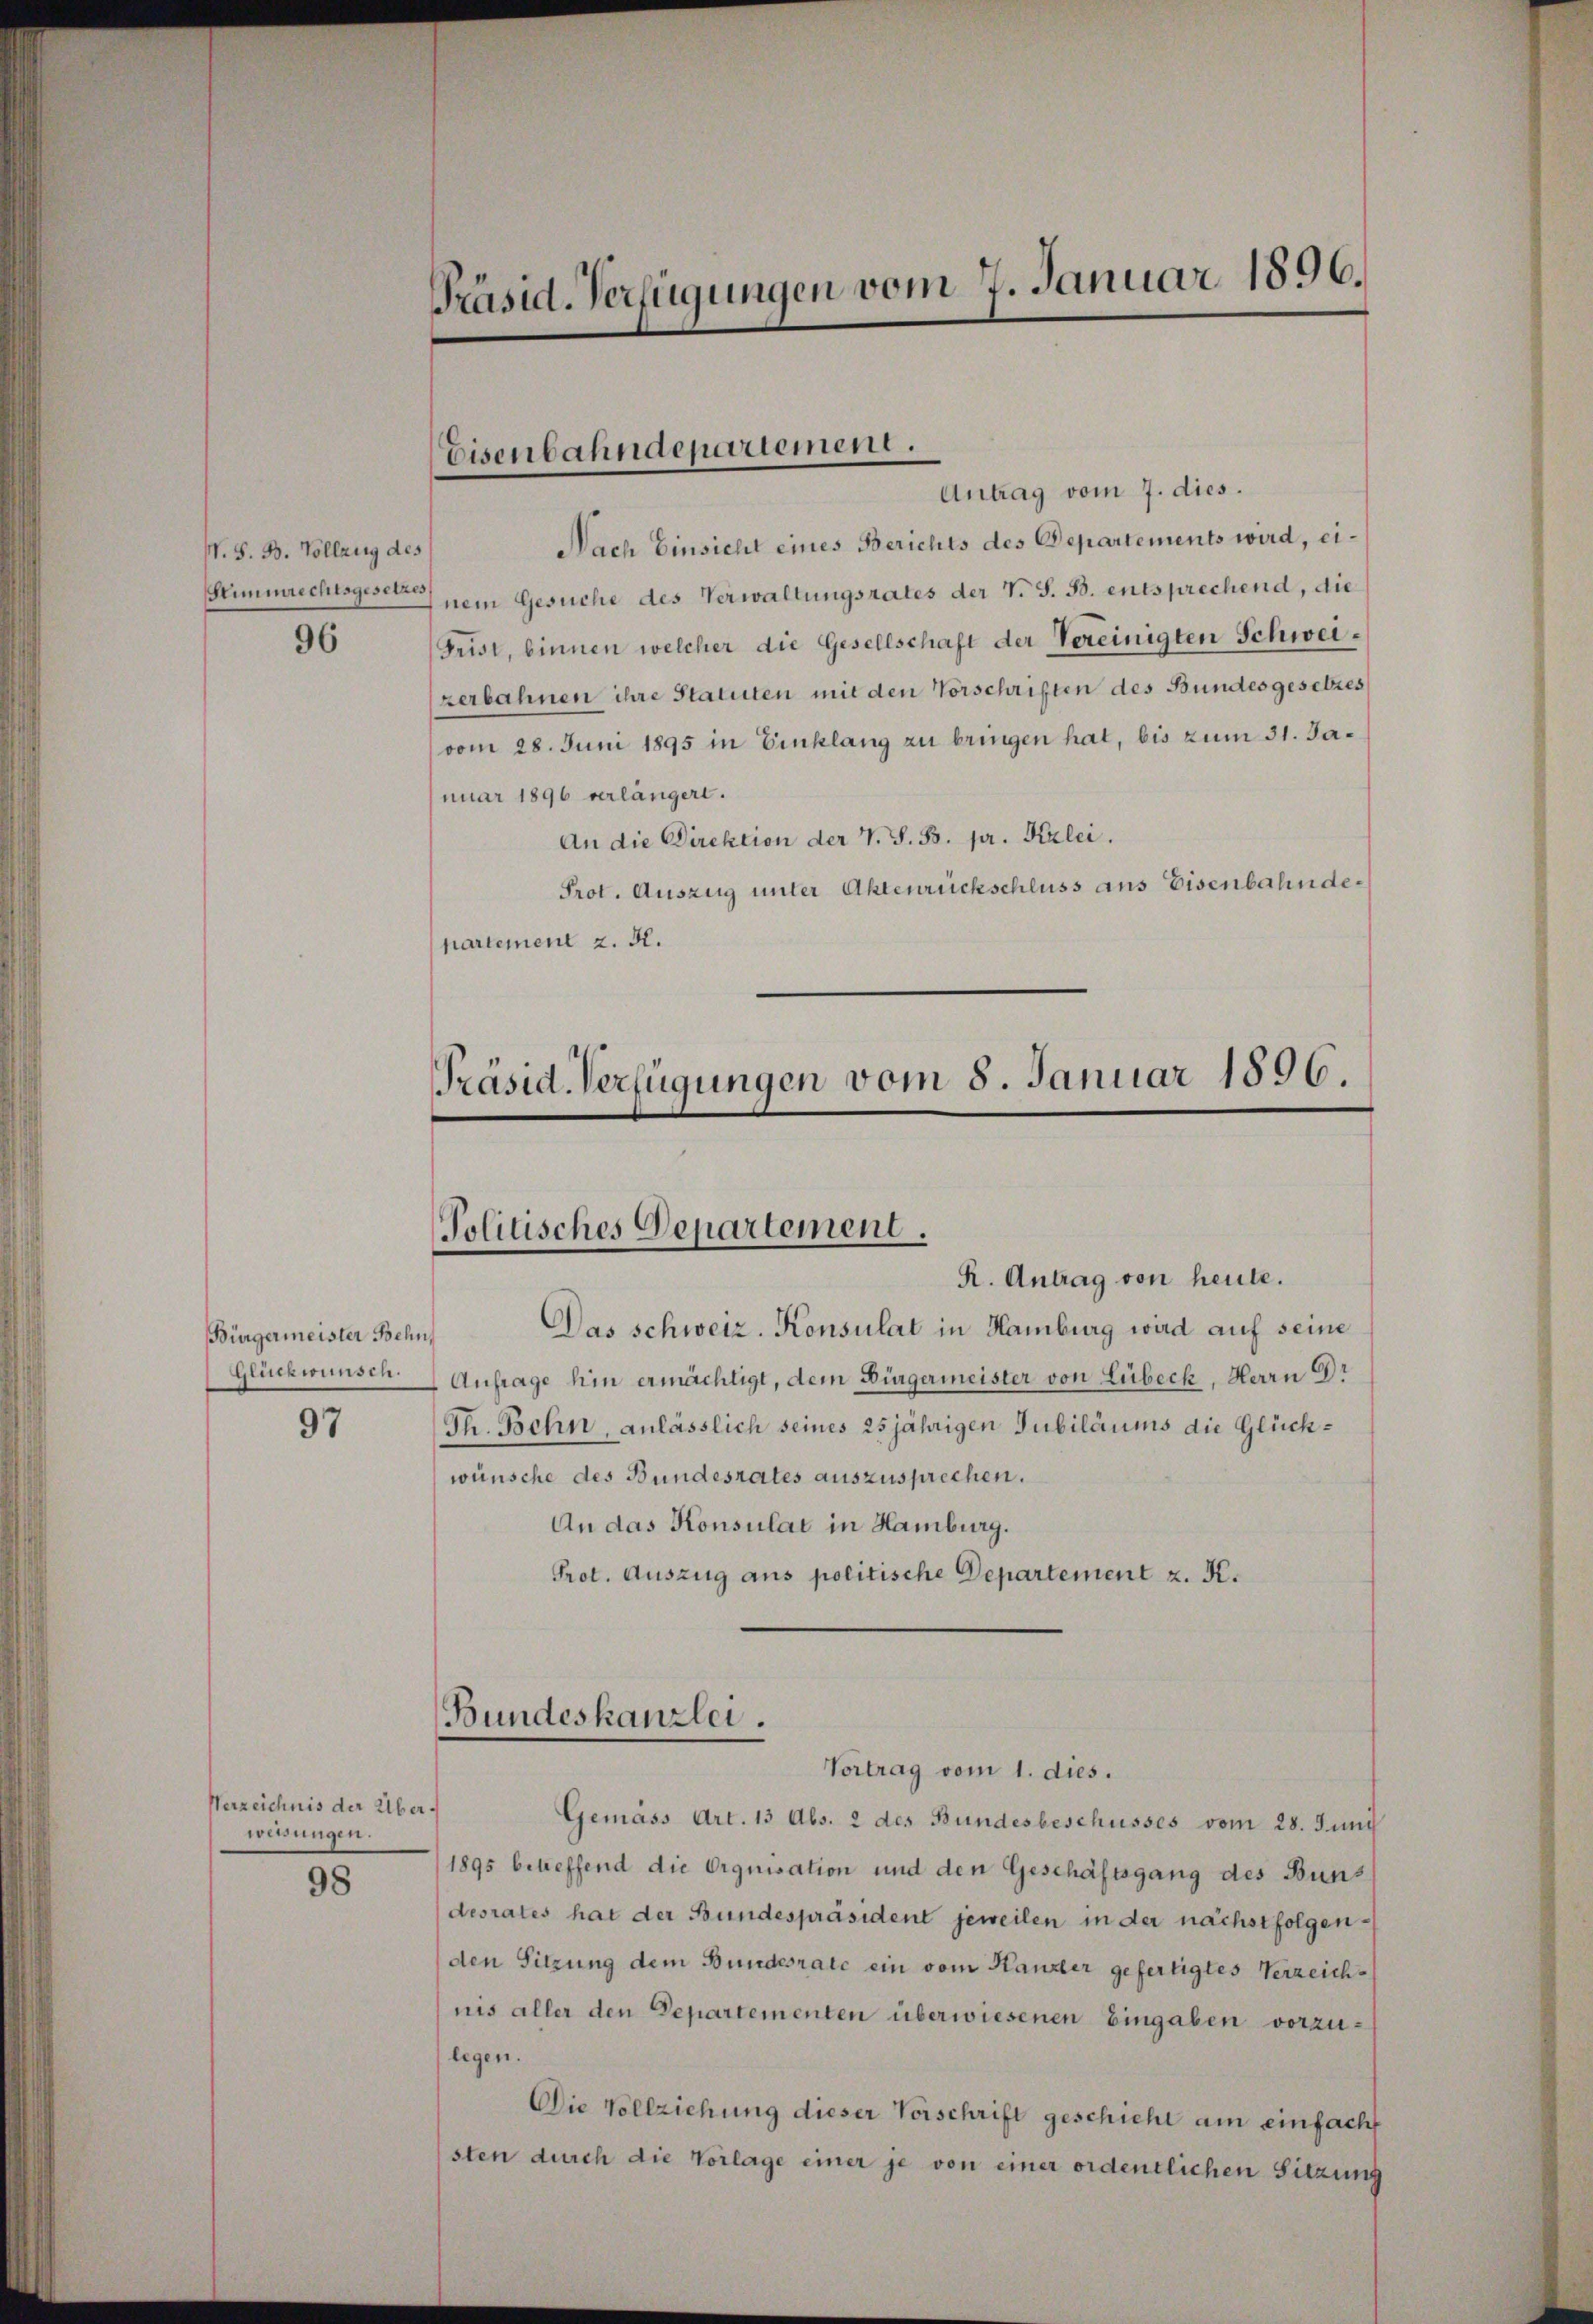
N. S. B. Vollzug des
Stimmrechtsgesetzes

96

Bürgermeister Behn
Glückwünsch.

97

Verzeichnis der Überweisungen.

98

Präsid. Verfügungen vom 7. Januar 1896.

Eisenbahndepariement.

Antrag vom 7. dies.
Nach Einsicht eines Berichts des Departements wird, einem Gesuche des Verwaltungsrates der V. S. B. entsprechend, die
Geist, binnen welcher die Gesellschaft der Vereinigten Schweizerbahnen ihre Statuten mit den Vorschriften des Bundesgesetzes
vom 28. Juni 1895 in Einklang zu bringen hat, bis zum 31. Januar 1896 verlängert.
An die Direktion der v. J. B. pr. Kzlei.
Prot. Auszug unter Aktenrückschluss aus Eisenbahndepartement z. B.

Präsid. Verfügungen vom 5. Januar 1896.
Politisches Departement.
e
R. Antrag von heute.

Bundeskanzlei.
Vortrag vom 1. dies.

Das schweiz. Konsulat in Hamburg wird auf seine
¬
Anfrage hin ermächtigt, dem Bürgermeister von Lübeck, Herrn Dr
Th. Behn, anlässlich seines 25jährigen Jubiläums die Glückwünsche des Bundesrates auszusprechen.
An das Konsulat in Hamburg.
Prot. Auszug aus politische Departement z. K.

Gemäss Art. 13 Abs. 2 des Bundesbeschusses vom 28. Juni
1895 betreffend die Orquisation und den Geschäftsgang des Buns
desrates hat der Bundespräsident jeweilen in der nächstfolgenden Sitzung dem Bundesrate ein vom Kanzler gefertigtes Verzeichnis aller den Departementen überwiesenen Eingaben vorzulegen.
Die Vollziehung dieser Vorschrift geschieht am einfacht
sten durch die Vorlage einer je von einer ordentlichen Sitzung